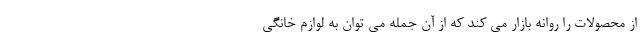
از محصولات را روانه بازار می کند که از آن جمله می توان به لوازم خانگی